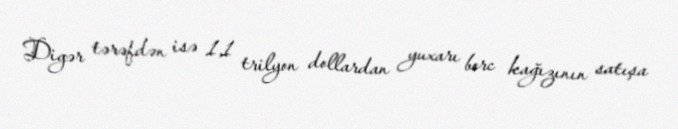
Digər tərəfdən isə 1,1 trilyon dollardan yuxarı borc kağızının satışa